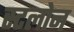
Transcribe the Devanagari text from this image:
स्टलोन